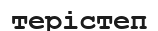
терістеп